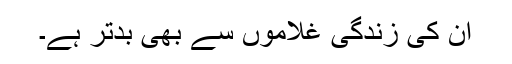
ان کی زندگی غلاموں سے بھی بدتر ہے۔